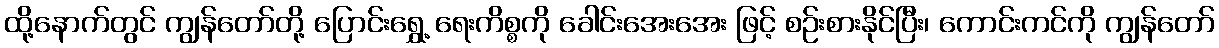
ထို့နောက်တွင် ကျွန်တော်တို့ ပြောင်းရွှေ့ ရေးကိစ္စကို ခေါင်းအေးအေး ဖြင့် စဉ်းစားနိုင်ပြီး၊ ကောင်းကင်ကို ကျွန်တော်